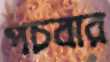
পচবার